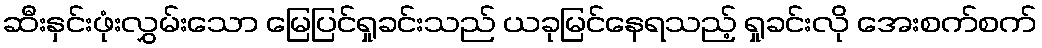
ဆီးနှင်းဖုံးလွှမ်းသော မြေပြင်ရှုခင်းသည် ယခုမြင်နေရသည့် ရှုခင်းလို အေးစက်စက်